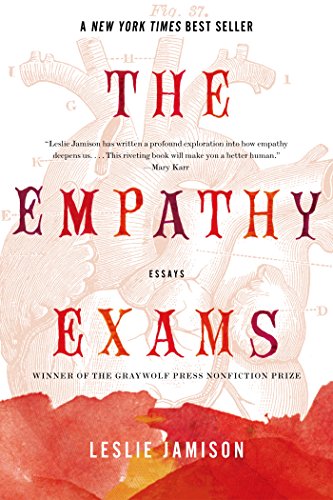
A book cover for The Empathy Exams: Essays; Leslie Jamison; Literature & Fiction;